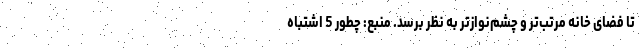
تا فضای خانه مرتب‌تر و چشم‌نوازتر به نظر برسد. منبع: چطور 5 اشتباه